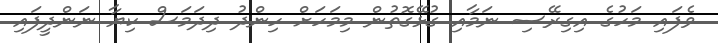
ވެފައި މަހުގެ އިގިރޭސި ނަމާއި ގުޅޭގޮތުން މިމަހަށް ހިންދު ދިދަމަސް ކިޔާ ނަންދީފައި